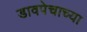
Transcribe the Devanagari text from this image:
डावपेचाच्या